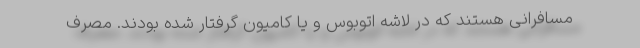
مسافرانی هستند که در لاشه اتوبوس و یا کامیون گرفتار شده بودند. مصرف